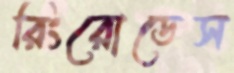
রিংরোডেস